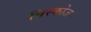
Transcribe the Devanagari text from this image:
विस्कोज